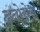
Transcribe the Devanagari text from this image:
ड्नोसेस